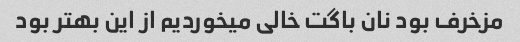
مزخرف بود نان باگت خالی میخوردیم از این بهتر بود